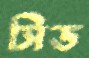
সিড